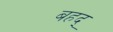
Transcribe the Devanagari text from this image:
बहद्